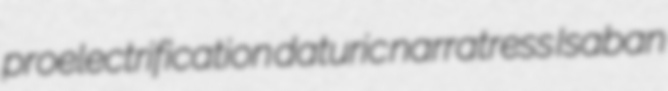
proelectrification daturic narratress Isaban